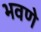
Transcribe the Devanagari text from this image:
भवणे